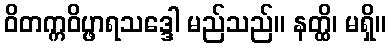
ဝိတက္ကဝိပ္ဖာရသဒ္ဒေါ မည်သည်။ နတ္ထိ၊ မရှိ။